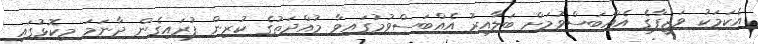
އެކަމަކު ވަޒީފާގެ އެއްބަސްވުމަށް ބަލާއިރު އެއްބަސްވުމުގައިވާ މުއްދަތުގެ ކުރިން ފުރައިގެން ދާނަމަ މިކޮޅުގައި